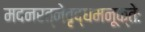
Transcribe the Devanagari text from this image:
मदनरत्नेवृद्धमनूक्तेः